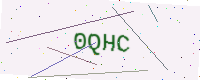
Text: 0QHC